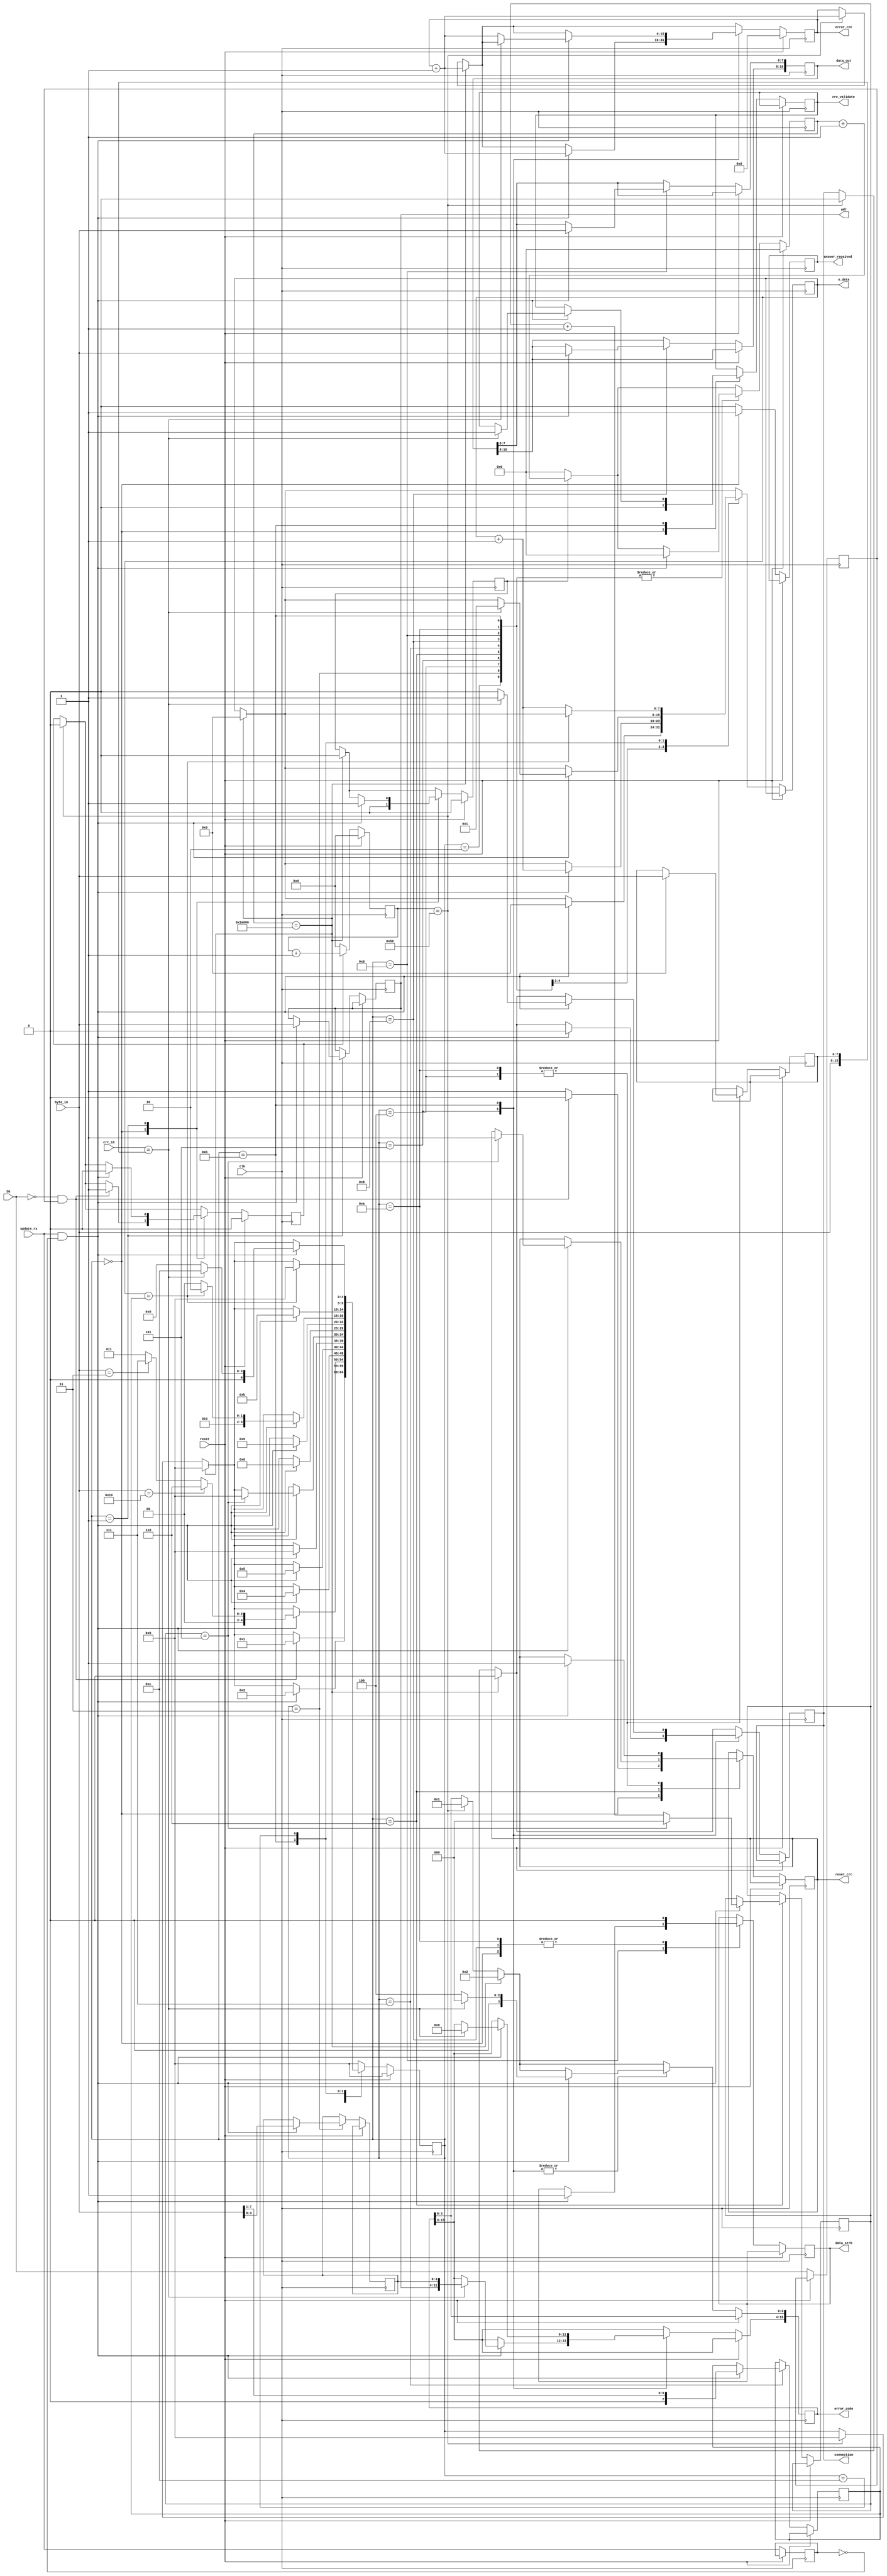
module modbus_rtu_rx_control (
											input        clk,
											input [7:0]  byte_in,
											input        update_rx,
											input        DE,
											input [15:0] crc_16,
											input        reset,
																			output reg [7:0]  adr,
																			output reg [15:0] data_out,
																			output reg [7:0]  n_data,
																			output reg        data_strb,
																			output reg		  crc_validate,
																			output reg        reset_crc,
																			output reg [15:0] error_code,
																			output reg [15:0] error_cnt,
																			output reg        connection,
																			output reg        answer_received
																															);

parameter  [17:0] timeout_us 	   =  1;
parameter  [6:0]  clk_freq_MHz     =  80;

localparam [23:0] main_timeout     =  timeout_us * clk_freq_MHz;
localparam [19:0] symbol_timeout   =  3_000 * clk_freq_MHz;
localparam [7:0]  func_code_write  =  8'h10;
localparam [7:0]  func_code_read   =  8'h03;

localparam [3:0] IDLE      = 4'b0000;
localparam [3:0] ID_DEF    = 4'b0001;
localparam [3:0] FUNC_DEF  = 4'b0010;

localparam [3:0] ERROR_0   = 4'b0011;
localparam [3:0] ERROR_1   = 4'b0100;
localparam [3:0] ERROR_2   = 4'b0101;

localparam [3:0] ACK       = 4'b0110;

localparam [3:0] READ_0    = 4'b0111;
localparam [3:0] READ_1    = 4'b1000;
localparam [3:0] READ_2    = 4'b1001;
localparam [3:0] READ_3    = 4'b1010;
localparam [3:0] READ_4    = 4'b1011;
localparam [3:0] READ_5    = 4'b1100;

	   reg [4:0] state             =  4'b0000;

	   reg [3:0]  err_code_buff    =  4'h0;
	   reg [7:0]  crc_low          =  8'h00;
	   reg [2:0]  ack_byte_count   =  3'b000;
	   reg [7:0]  number_of_data   =  8'h00;


	   reg        previous_strb_0  =  1'b0;
	   reg        previous_strb_1  =  1'b0;

	   reg        start_main_tmout =  1'b0;
	   reg        start_symb_tmout =  1'b0;

	   reg [23:0] cnt_main_tmout   = 24'h000000;
	   reg [19:0] cnt_symb_tmout   = 20'h00000;

initial begin
	adr             =  8'h00;
	data_out        = 16'h0000;
	n_data          =  8'h00;
	data_strb       =  1'b0;
	crc_validate    =  1'b0;
	reset_crc       =  1'b0;
	error_code      = 16'h0000;
	error_cnt       = 16'h0000;
	connection      =  1'b0;
	answer_received =  1'b0;
end


always @(posedge clk) begin
	
	if(reset)  begin
		error_cnt <= 16'h0000;
		cnt_symb_tmout <= 20'h00000;
		cnt_main_tmout <= 24'h000000;
		start_main_tmout <= 1'b0;
		start_symb_tmout <= 1'b0;
		state <= IDLE;
	end
	else begin
	
		answer_received <= 1'b0;
		
		previous_strb_0 <= DE;
		previous_strb_1 <= update_rx;

		if(start_main_tmout)
			cnt_main_tmout <= cnt_main_tmout + 24'h000001;
		else
			cnt_main_tmout <= 24'h000000;

		if(cnt_main_tmout == main_timeout) begin
			error_cnt <= error_cnt + 16'h0001;
			state <= IDLE;
			error_code[3:0] <= 4'b0001;
			start_main_tmout <= 1'b0;
			connection <= 1'b0;
		end
		else begin end

		if(start_symb_tmout)
			cnt_symb_tmout <= cnt_symb_tmout + 20'h00001;
		else
			cnt_symb_tmout <= 20'h00000;

		if(cnt_symb_tmout == symbol_timeout) begin
			error_cnt <= error_cnt + 16'h0001;
			state <= IDLE;
			error_code[3:0] <= 4'b0010;
			start_symb_tmout <= 1'b0;
			connection <= 1'b0;
			n_data <= 8'h00;
		end
		else begin end

		case(state)

			IDLE: begin
				start_symb_tmout <= 1'b0;
				data_strb <= 1'b0;
				crc_validate <= 1'b0;
				answer_received <= 1'b1;
				if(!DE && previous_strb_0) begin
					state <= ID_DEF;
					start_main_tmout <= 1'b1;
					reset_crc <= 1'b0;
				end
				else
					reset_crc <= 1'b1;
			end

			ID_DEF: begin
				if(update_rx && !previous_strb_1) begin
					state <= FUNC_DEF;
					start_main_tmout <= 1'b0;
					start_symb_tmout <= 1'b1;
					adr <= byte_in;
				end
				else begin end
			end

			FUNC_DEF: begin
				if(update_rx && !previous_strb_1) begin
					if(byte_in == func_code_write)
						state <= ACK;
					else
						if(byte_in == func_code_read)
							state <= READ_0;
							else
								state <= ERROR_0;

					cnt_symb_tmout <= 20'h00000;
				end
				else begin end
			end

			ERROR_0: begin
				if(update_rx && !previous_strb_1) begin
					err_code_buff <= byte_in[3:0];
					state <= ERROR_1;
					cnt_symb_tmout <= 20'h00000;
				end
				else begin end
			end

			ERROR_1: begin
				if(update_rx && !previous_strb_1) begin
					crc_low <= byte_in;
					reset_crc <= 1'b1;
					state <= ERROR_2;
					cnt_symb_tmout <= 20'h00000;
				end
				else begin end
			end

			ERROR_2: begin
				if(update_rx && !previous_strb_1) begin
					if(crc_16 == {byte_in, crc_low})
						error_code <= {adr, err_code_buff, 4'b0000};
					else
						error_code[3:0] <= 4'b0100;

					error_cnt <= error_cnt + 16'h0001;
					connection <= 1'b0;
					cnt_symb_tmout <= 20'h00000;
					state <= IDLE;
				end
				else begin end
			end

			ACK: begin
				if(update_rx && !previous_strb_1) begin
					if(ack_byte_count == 3'b101) begin
						ack_byte_count <= 3'b000;
						state <= IDLE;
						reset_crc <= 1'b1;
					end
					else
						ack_byte_count <= ack_byte_count + 3'b001;

					cnt_symb_tmout <= 20'h00000;
				end
				else begin end
			end

			READ_0: begin
				if(update_rx && !previous_strb_1) begin
					number_of_data <= byte_in >> 8'h01;
					n_data <= 8'h00;
					state <= READ_1;
					cnt_symb_tmout <= 20'h00000;
				end
				else begin end
			end

			READ_1: begin
				if(update_rx && !previous_strb_1) begin
					data_out[15:8] <= byte_in;
					cnt_symb_tmout <= 20'h00000;
					n_data <= n_data + 8'h01;
					state <= READ_2;
				end
				else begin end
				data_strb <= 1'b0;
			end

			READ_2: begin
				if(update_rx && !previous_strb_1) begin
					data_out[7:0] <= byte_in;
					cnt_symb_tmout <= 20'h00000;
					if(n_data == number_of_data) begin
						state <= READ_3;
					end
					else begin
						state <= READ_1;
					end
					data_strb <= 1'b1;
				end
				else begin end
			end

			READ_3: begin
				data_strb <= 1'b0;
				if(update_rx && !previous_strb_1) begin
					crc_low <= byte_in;
					reset_crc <= 1'b1;
					state <= READ_4;
					cnt_symb_tmout <= 20'h00000;
				end
				else begin end
			end

			READ_4: begin
				if(update_rx && !previous_strb_1) begin
					if(crc_16 == {byte_in, crc_low}) begin
						crc_validate <= 1'b1;
						n_data <= 8'h01;
						error_code <= 16'h0000;
						connection <= 1'b1;
						state <= READ_5;
					end
					else begin
						error_cnt <= error_cnt + 16'h0001;
						error_code[3:0] <= 4'b0100;
						connection <= 1'b0;
						state <= IDLE;
					end
					
					cnt_symb_tmout <= 20'h00000;
				end
				else begin end
			end
			
			READ_5: begin
				if(n_data == number_of_data)
					state <= IDLE;
				else
					n_data <= n_data + 8'h01;		
			end

			default: state <= IDLE;

		endcase


	end

end
endmodule